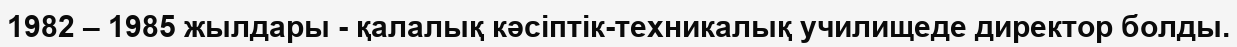
1982 – 1985 жылдары - қалалық кәсіптік-техникалық училищеде директор болды.